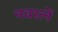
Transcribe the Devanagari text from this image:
नवरत्नें